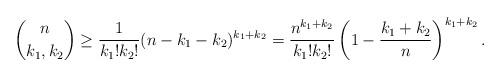
LaTeX: \begin{align*}{n \choose k_1,k_2} \geq \frac{1}{k_1!k_2!} (n-k_1-k_2)^{k_1+k_2} = \frac{n^{k_1+k_2}}{k_1!k_2!} \left(1-\frac{k_1+k_2}{n}\right)^{k_1+k_2}.\end{align*}